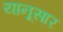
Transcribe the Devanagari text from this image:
यानूसार